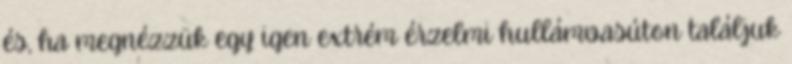
és, ha megnézzük egy igen extrém érzelmi hullámvasúton találjuk